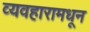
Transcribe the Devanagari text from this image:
व्यवहारामधून